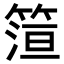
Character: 𬕠